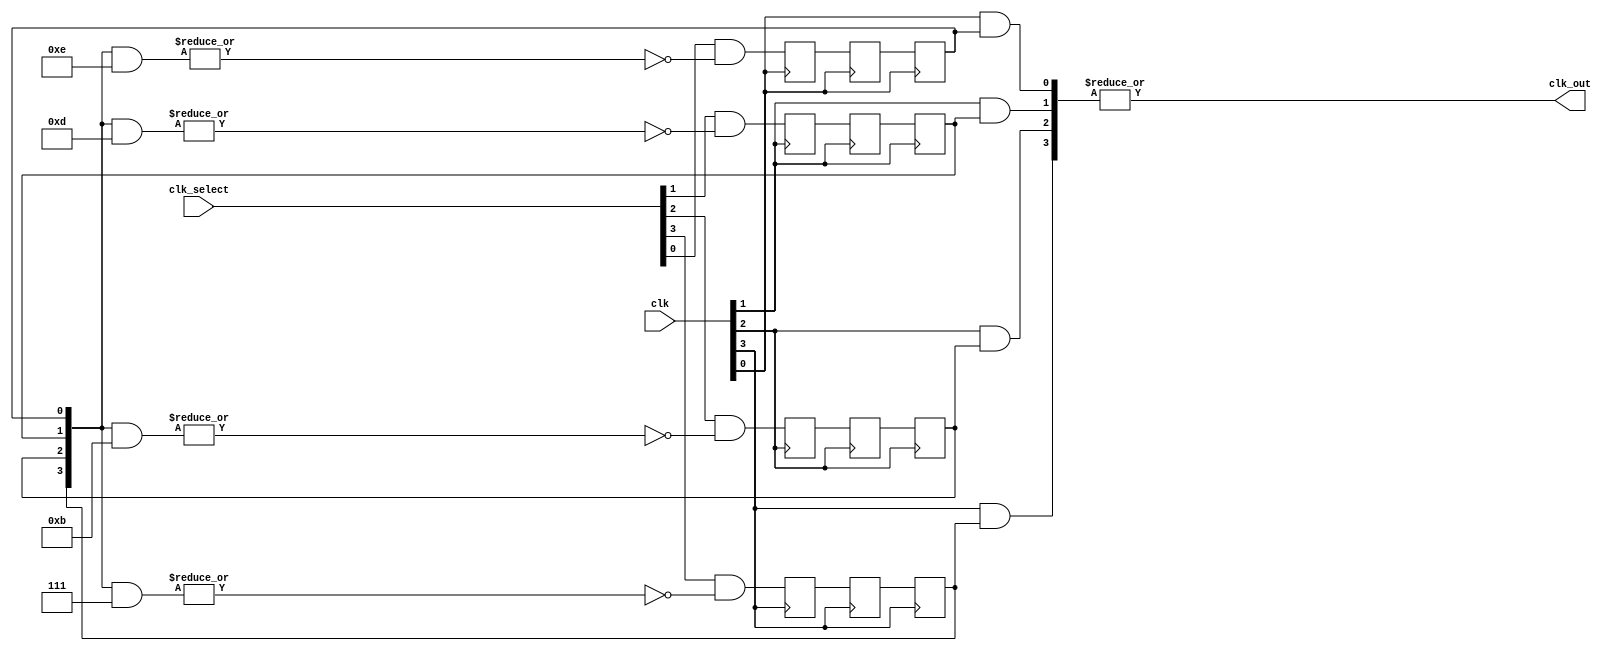
module clock_mux (clk,clk_select,clk_out);

parameter NUM_CLOCKS = 4;
parameter USE_FOLLOWERS = 1'b0;

input [NUM_CLOCKS-1:0] clk;
input [NUM_CLOCKS-1:0] clk_select; // one hot
output clk_out;

genvar i;

reg [NUM_CLOCKS-1:0] ena_r0;
reg [NUM_CLOCKS-1:0] ena_r1;
reg [NUM_CLOCKS-1:0] ena_r2;
wire [NUM_CLOCKS-1:0] qualified_sel;

// A LUT can glitch when multiple inputs slew 
// simultaneously (in theory indepently of the function).  
// Insert a hard LCELL to prevent the unrelated clocks
// from appearing on the same LUT.

wire [NUM_CLOCKS-1:0] gated_clks /* synthesis keep */;

initial begin
  ena_r0 = 0;
  ena_r1 = 0;
  ena_r2 = 0;
end

generate
for (i=0; i<NUM_CLOCKS; i=i+1) 
begin : lp0

  wire [NUM_CLOCKS-1:0] tmp_mask;
  assign tmp_mask = {NUM_CLOCKS{1'b1}} ^ (1 << i);

  assign qualified_sel[i] = clk_select[i] & 
			(~|(ena_r2 & tmp_mask));
  
  always @(posedge clk[i]) begin
    ena_r0[i] <= qualified_sel[i];    	
    ena_r1[i] <= ena_r0[i];    	
  end
  
  always @(negedge clk[i]) begin
    ena_r2[i] <= ena_r1[i];    	
  end

  if (USE_FOLLOWERS) begin
     wire cf_out;
     clock_follow cf (.clk_in(clk[i]),.clk_out(cf_out));
	 assign gated_clks[i] = cf_out & ena_r2[i];
  end
  else begin
     assign gated_clks[i] = clk[i] & ena_r2[i];
  end
end
endgenerate

// these will not exhibit simultaneous toggle by construction.
assign clk_out = |gated_clks;

endmodule